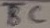
Text: BC